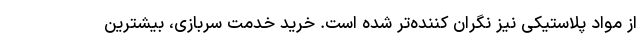
از مواد پلاستیکی نیز نگران کننده‌تر شده است. خرید خدمت سربازی، بیشترین